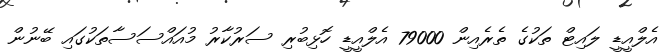
އެލްއީޑީ ލައިޓް ތަކުގެ ތެރެއިން 79000 އެލްއީޑީ ހޮޅިބުރި ސަރުކާރު މުއައްސަސާތަކުގައި ބޭނުން